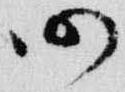
仍